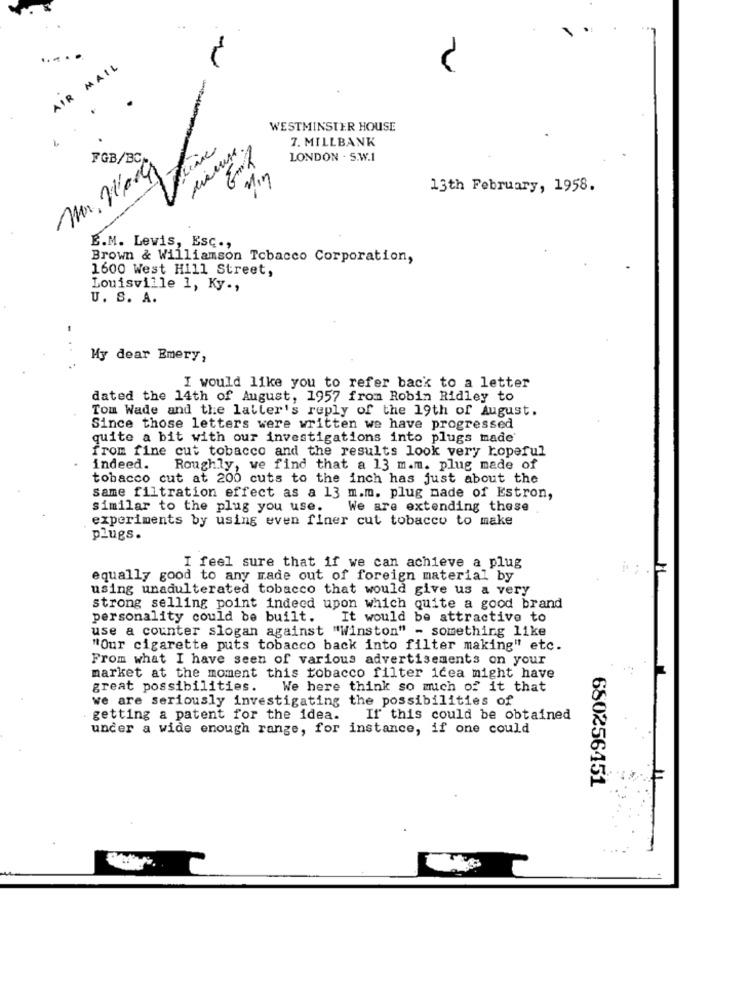
AIR MAIL
2
WESTMINSTER HOUSE
7. MILLBANK
FGB/BC
LONDON . S.W.1
Mr. Vad9
13th February, 1958.
E.M. Levis, Esc .,
Brown & Williamson Tobacco Corporation,
1600 West Hill Street,
Louisville 1, Ky .,
U. S. A.
My dear Emery,
I would like you to refer back to a letter
dated the 14th of August, 1957 from Robin Ridley to
Tom Wade and the latter's reply of the 19th of August.
Since those letters were written we have progressed
quite a bit with our investigations into plugs made'
from fine cut tobacco and the results look very hopeful
indeed. Roughly, we find that a 13 m.m. plug made of
tobacco cut at 200 cuts to the inch has just about the
same filtration effect as a 13 m.m. plug made of Estron,
similar to the plug you use.
We are extending these
experiments by using even finer cut tobacco to make
plugs.
I feel sure that if we can achieve a plug
equally good to any made out of foreign material by
using unadulterated tobacco that would give us a very
strong selling point indeed upon which quite a good brand
personality could be built.
It would be attractive to
use a counter slogan against "Winston" - something like
"Our cigarette puts tobacco back into filter making" etc.
From what I have seen of various advertisements on your
market at the moment this tobacco filter idea might have
great possibilities. We here think so much of it that
we are seriously investigating the possibilities of
getting a patent for the idea.
If this could be obtained
under a wide enough range, for instance, if one could
680256451